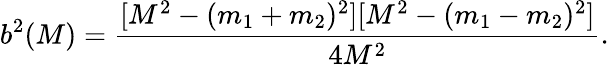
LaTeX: {b^{2}(M)}=\frac{[M^{2}-(m_{1}+m_{2})^{2}][M^{2}-(m_{1}-m_{2})^{2}]}{4M^{2}}.